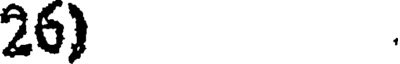
26)